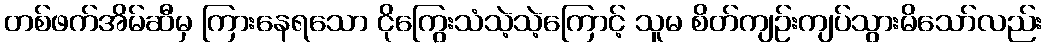
တစ်ဖက်အိမ်ဆီမှ ကြားနေရသော ငိုကြွေးသံသဲ့သဲ့ကြောင့် သူမ စိတ်ကျဉ်းကျပ်သွားမိသော်လည်း